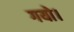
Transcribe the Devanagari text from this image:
गयो।